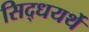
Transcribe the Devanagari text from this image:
सिद्धयर्थे